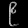
Digit: ၉